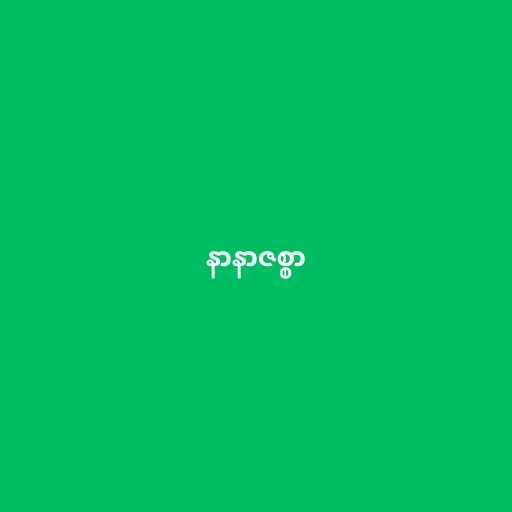
နာနာဇစ္စာ